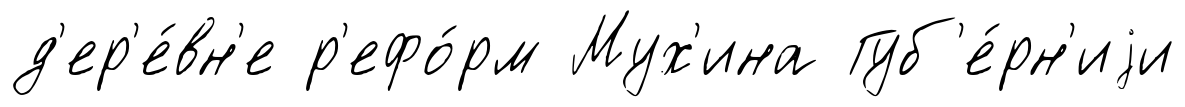
д'ер'е́вн'е р'ефо́рм Мух'ина Губ'е́рн'иjи